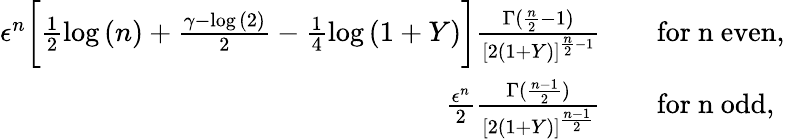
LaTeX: \begin{array}{rl}{\epsilon^{n}\bigg[\frac{1}{2}\log{(n)}+\frac{\gamma-\log{(2)}}{2}-\frac{1}{4}\log{(1+Y)}\bigg]\frac{\Gamma(\frac{n}{2}-1)}{[2(1+Y)]^{\frac{n}{2}-1}}}&{\quad\mathrm{for~n~even},}\\ {\frac{\epsilon^{n}}{2}\frac{\Gamma(\frac{n-1}{2})}{[2(1+Y)]^{\frac{n-1}{2}}}}&{\quad\mathrm{for~n~odd},}\end{array}